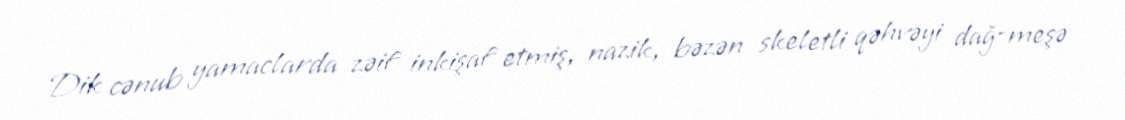
Dik cənub yamaclarda zəif inkişaf etmiş, nazik, bəzən skeletli qəhvəyi dağ-meşə